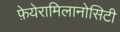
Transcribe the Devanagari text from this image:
फ़ेयेरामिलानोसिटी